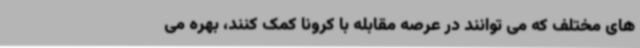
های مختلف که می توانند در عرصه مقابله با کرونا کمک کنند، بهره می